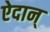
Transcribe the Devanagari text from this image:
ऐदान्